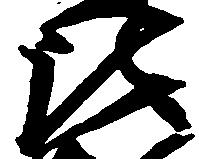
比